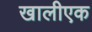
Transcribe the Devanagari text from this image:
खालीएक